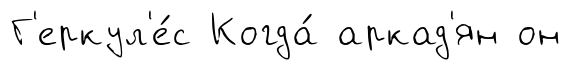
Г'еркул'е́с Когда́ аркад'ян он